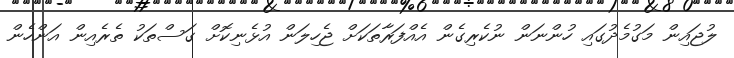
ލުޖައިން މަގުމެދުގައި ހުންނަން ނުކެރިގެން އެއްފަރާތަކަށް ޖެހިލަން އުޅެނިކޮށް ގަސްތަކު ތެރެއިން އަންހެން